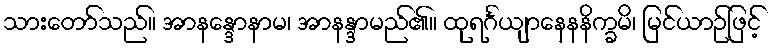
သားတော်သည်။ အာနန္ဒောနာမ၊ အာနန္ဒာမည်၏။ ထုရင်္ဂယျာနေနနိက္ခမိ၊ မြင်ယာဉ်ဖြင့်